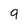
Character: 9